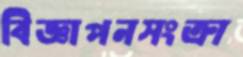
বিজ্ঞাপনসংক্রা